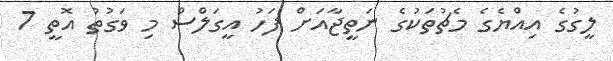
ލީގުގެ އިއްޔެގެ މެޗުތަކުގެ ނަތީޖާއަށް ފަހު އީގަލްސް މި ވަގުތު އޮތީ 7